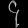
Digit: ၄